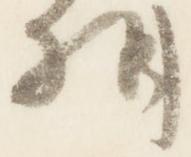
相